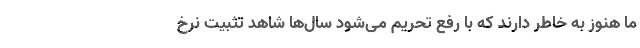
ما هنوز به خاطر دارند که با رفع تحریم می‌شود سال‌ها شاهد تثبیت نرخ